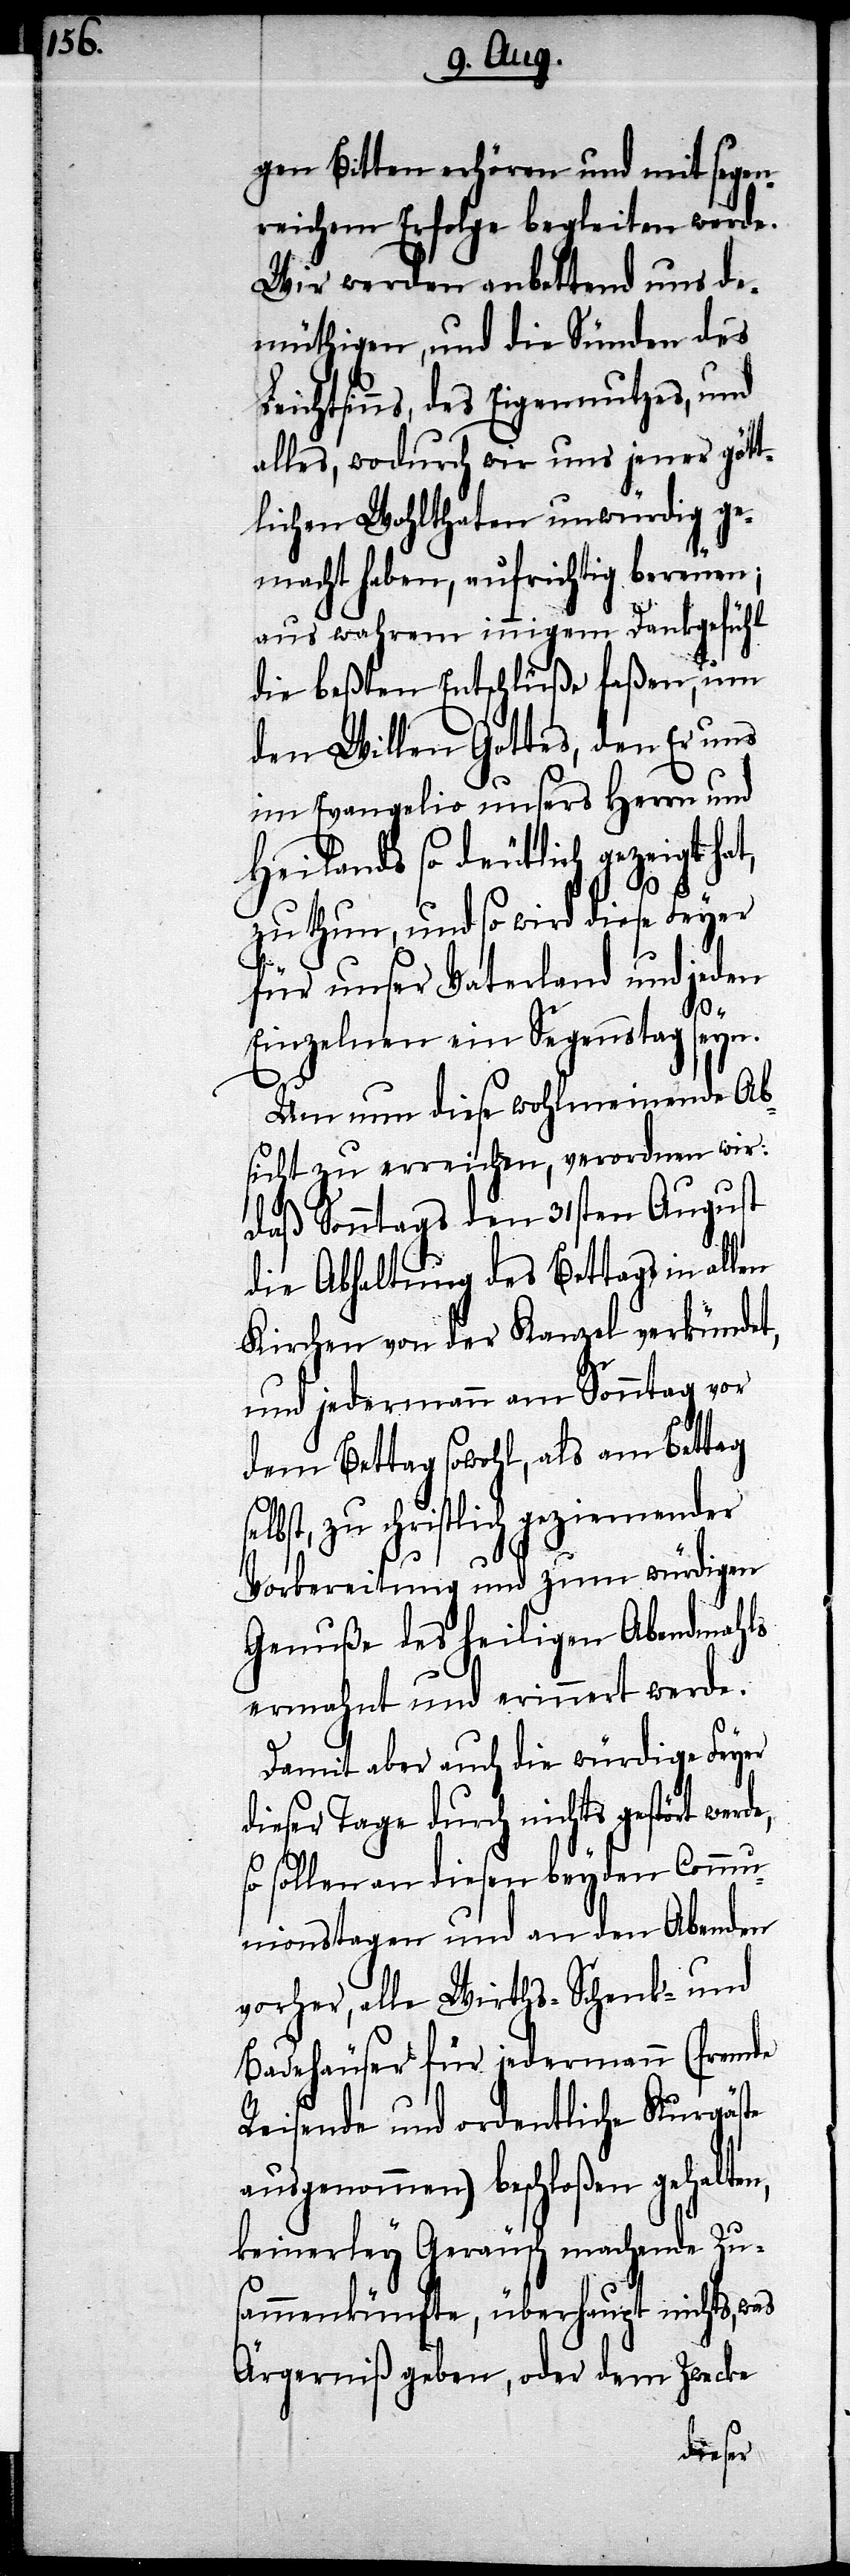
gen Bitten erhören und mit segen¬
reichem Erfolge begleiten werde.
Wir werden anbettend uns de¬
müthigen, und die Sünden des
ichtsinns, des Eigennutzes, und
alles, wodurch wir uns jener gött¬
lichen Wohlthaten unwürdig ge¬
macht haben, aufrichtig bereuen;
aus wahrem innigem Dankgefühl
die beßten Entschlüße faßen, um
den Willen Gottes, den Er uns
im Evangelio unsers Herrn und
Heilands so deutlich gezeigt hat,
zu thun, und so wird diese Feyer
für unser Vaterland und jeden
n,
Einzelnen ein Segenstag seyn.
Le¬
Um nun diese wohlmeinende Ab¬
sicht zu erreichen, verordnen wir:
daß Sonntags den 31sten August
die Abhaltung des Bettags in allen
Kirchen von der Kanzel verkündet,
und jedermann am Sonntag vor
dem Bettag sowohl, als am Bettag
selbst, zu christlich geziemender
Vorbereitung und zum würdigen
Genuße des heiligen Abendmahls
ermahnt und erinnert werde.
Damit aber auch die würdige Feyer
dieser Tage durch nichts gestört
so sollen an diesen beyden Comm¬
unionstagen und an den Abenden
vorher, alle Wirths- Schenk- und
Badehäuser für jedermann (fremde
Reisende und ordentliche Kurgäste
ausgenommen) beschloßen gehalte¬
keinerley Geräusch machende Zus¬
ammenkünfte, überhaupt nichts, was
Ärgerniß geben, oder dem Zwecke